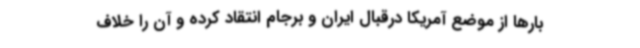
بارها از موضع آمریکا درقبال ایران و برجام انتقاد کرده و آن را خلاف